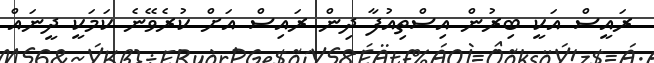
ރައީސް އަކީ ބިރުން އިސްތިއުފާ ދިން ރައިސް އަށް ކުރެވޭނެ ކަމަކީ ދީނައް